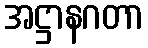
အဋ္ဌာနဂတာ